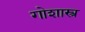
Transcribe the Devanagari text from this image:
गोशास्त्र